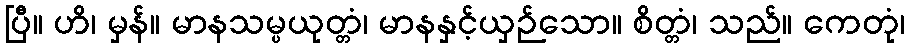
ပြီ။ ဟိ၊ မှန်။ မာနသမ္ပယုတ္တံ၊ မာနနှင့်ယှဉ်သော။ စိတ္တံ၊ သည်။ ကေတုံ၊